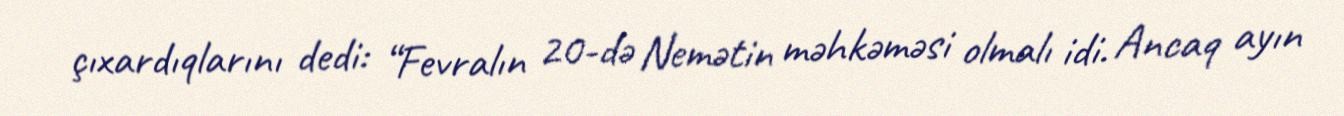
çıxardıqlarını dedi: “Fevralın 20-də Nemətin məhkəməsi olmalı idi. Ancaq ayın